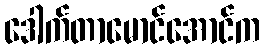
ဒေါက်တာမောင်အောင်က